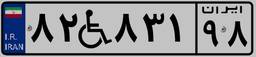
۸۲W۸۳۱۹۸